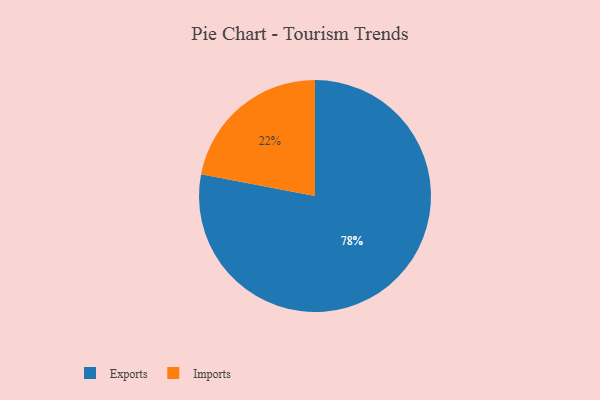
{"axis": {"x": "Category", "y": "Percentage"}, "legend": ["Exports", "Imports"], "data": [{"x": "Exports", "y": 78, "type": "Exports"}, {"x": "Imports", "y": 22, "type": "Imports"}]}